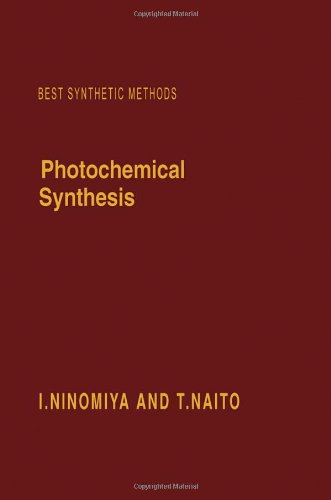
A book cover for Photochemical Synthesis (Best Synthetic Methods); I. Ninomiya; Science & Math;